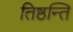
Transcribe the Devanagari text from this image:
तिष्ठन्ति